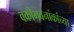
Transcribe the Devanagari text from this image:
वक्रीभवनांकांच्या